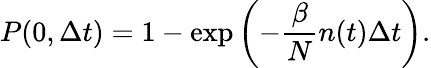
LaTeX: P(0,\Delta t)=1-\exp{\left(-\frac{\beta}{N}n(t)\Delta t\right)}.